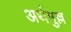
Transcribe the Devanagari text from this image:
अर्थमुल्ल